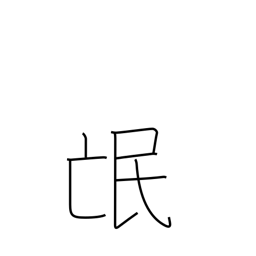
Meaning: people